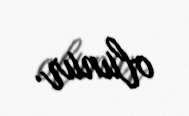
olunur.